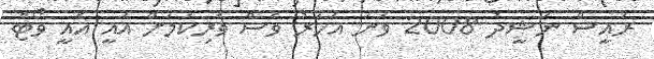
ރައީސް ނަޝީދު 2008 ވަނަ އަހަރު ވެސް ވެރިކަމަށް އައީ އެއީ ވޯޓް